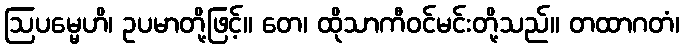
ဩပမ္မေဟိ၊ ဥပမာတို့ဖြင့်။ တေ၊ ထိုသာကီဝင်မင်းတို့သည်။ တထာဂတံ၊